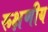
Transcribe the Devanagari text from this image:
रूक्षणीय